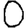
Digit: 0